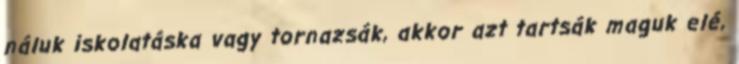
náluk iskolatáska vagy tornazsák, akkor azt tartsák maguk elé,